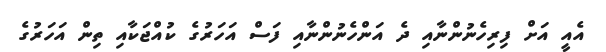
އެއީ އަށް ފިރިހެނުންނާއިި ދެ އަންހެނުންނާއި ފަސް އަހަރުގެ ކުއްޖަކާއި ތިން އަހަރުގެ